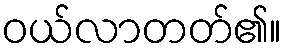
ဝယ်လာတတ်၏။